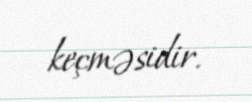
keçməsidir.